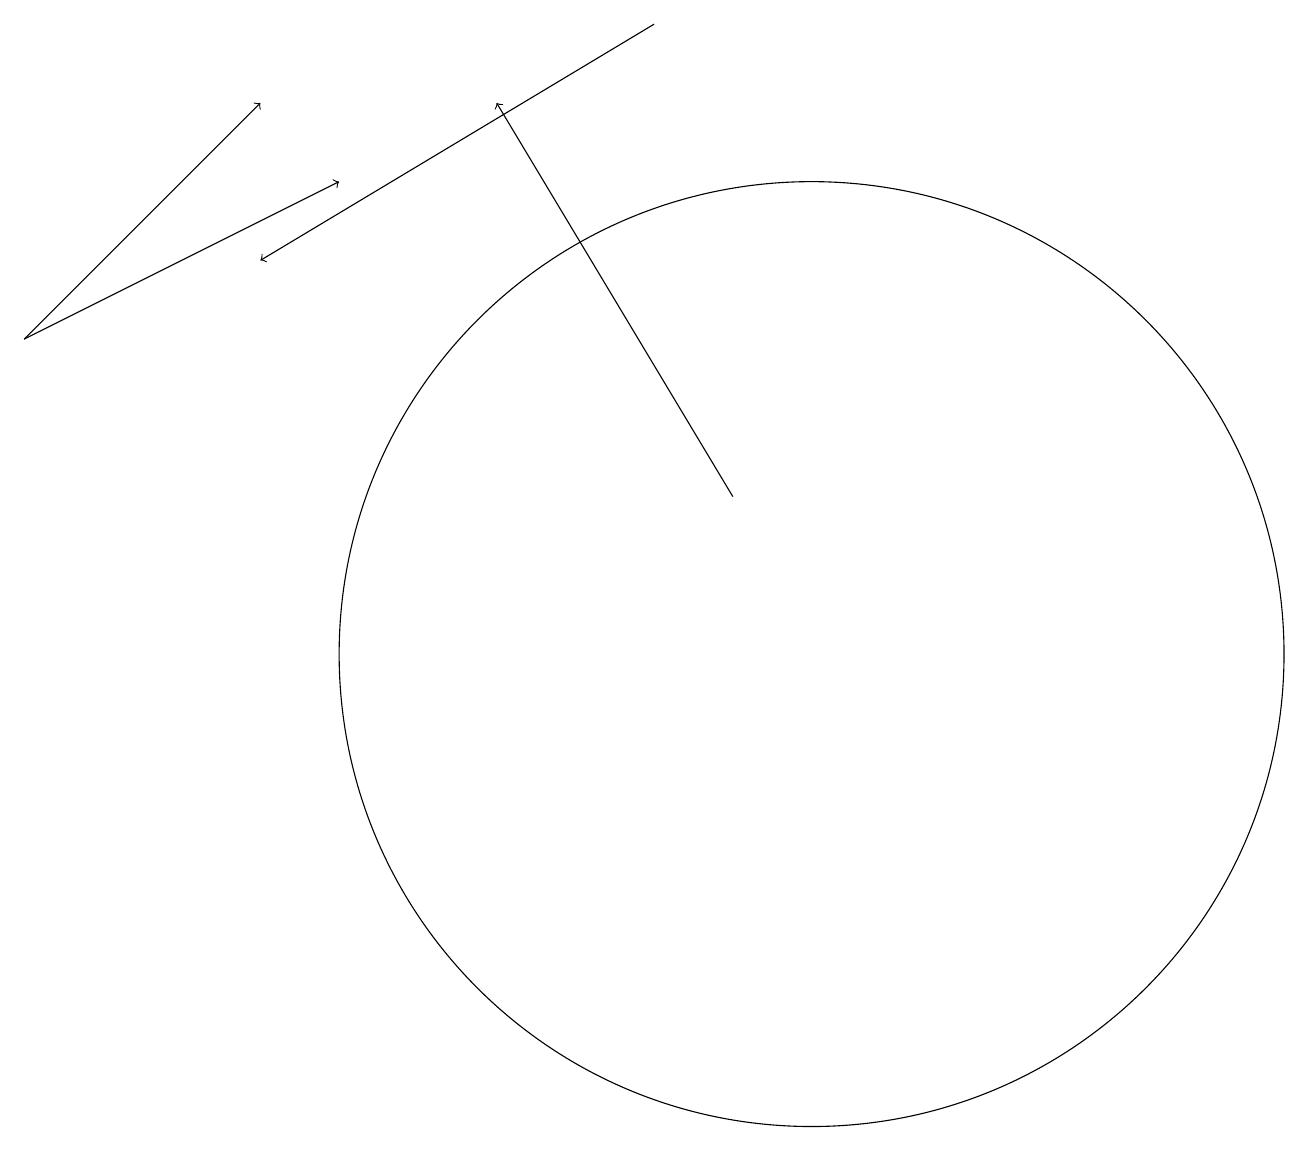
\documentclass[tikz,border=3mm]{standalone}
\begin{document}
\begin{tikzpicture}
\draw[->] (0,15) -- (4,17);
\draw[->] (9,13) -- (6,18);
\draw (10,11) circle (6);
\draw[->] (8,19) -- (3,16);
\draw[->] (0,15) -- (3,18);
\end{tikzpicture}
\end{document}